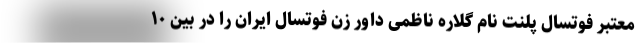
معتبر فوتسال پلنت نام گلاره ناظمی داور زن فوتسال ایران را در بین ۱۰